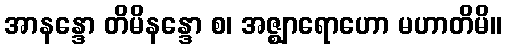
အာနန္ဒော တိမိနန္ဒော စ၊ အဇ္ဈာရောဟော မဟာတိမိ။